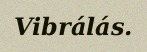
Vibrálás.